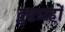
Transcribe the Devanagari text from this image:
दुष्टग्रहों